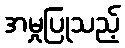
အမှုပြုသည့်